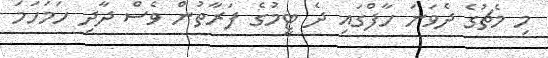
މި މެޗުގެ ދެވަނަ ހާފްގައި ދެ ޓީމުގެ ފަރާތުން ވެސް ދާދި ހަމަހަމަ